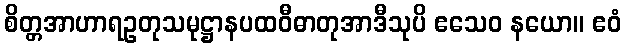
စိတ္တအာဟာရဥတုသမုဋ္ဌာနပထဝီဓာတုအာဒီသုပိ ဧသေဝ နယော။ ဧဝံ